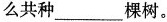
么共种___棵树。